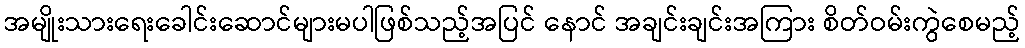
အမျိုးသားရေးခေါင်းဆောင်များမပါဖြစ်သည့်အပြင် နောင် အချင်းချင်းအကြား စိတ်ဝမ်းကွဲစေမည့်